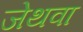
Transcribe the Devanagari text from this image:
जेथवा